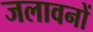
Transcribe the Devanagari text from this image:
जलावनों